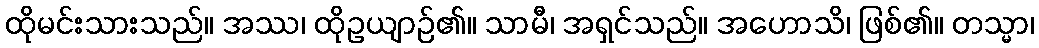
ထိုမင်းသားသည်။ အဿ၊ ထိုဥယျာဉ်၏။ သာမီ၊ အရှင်သည်။ အဟောသိ၊ ဖြစ်၏။ တသ္မာ၊